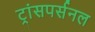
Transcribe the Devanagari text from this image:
ट्रांसपर्सनल